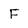
Character: F